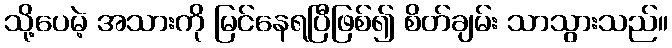
သို့ပေမဲ့ အသားကို မြင်နေရပြီဖြစ်၍ စိတ်ချမ်း သာသွားသည်။